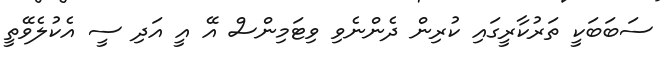
ސަބަބަކީ ތަރުކާރީގައި ކުރިން ދެންނެވި ވިޓަމިންސް އޭ އީ އަދި ސީ އެކުލެވޭތީ